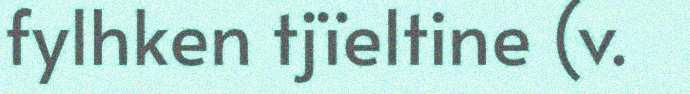
fylhken tjïeltine (v.